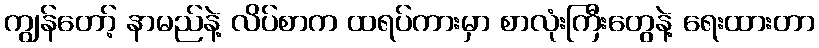
ကျွန်တော့် နာမည်နဲ့ လိပ်စာက ထရပ်ကားမှာ စာလုံးကြီးတွေနဲ့ ရေးထားတာ